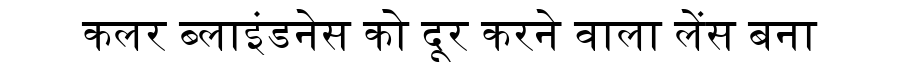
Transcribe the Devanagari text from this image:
कलर ब्लाइंडनेस को दूर करने वाला लेंस बना